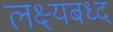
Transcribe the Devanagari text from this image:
लक्ष्यबध्द